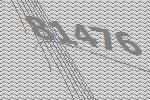
81476